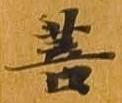
菩